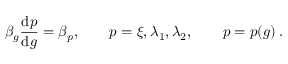
\beta _ { g } \frac { \mathrm { d } p } { \mathrm { d } g } = \beta _ { p } , \qquad p = \xi , \lambda _ { 1 } , \lambda _ { 2 } , \qquad p = p ( g ) \, .